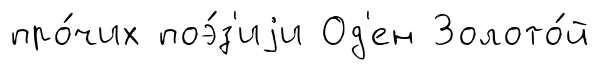
про́чих поэ́з'иjи Од'ен Золото́й